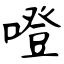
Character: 噔